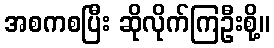
အစကစပြီး ဆိုလိုက်ကြဦးစို့။